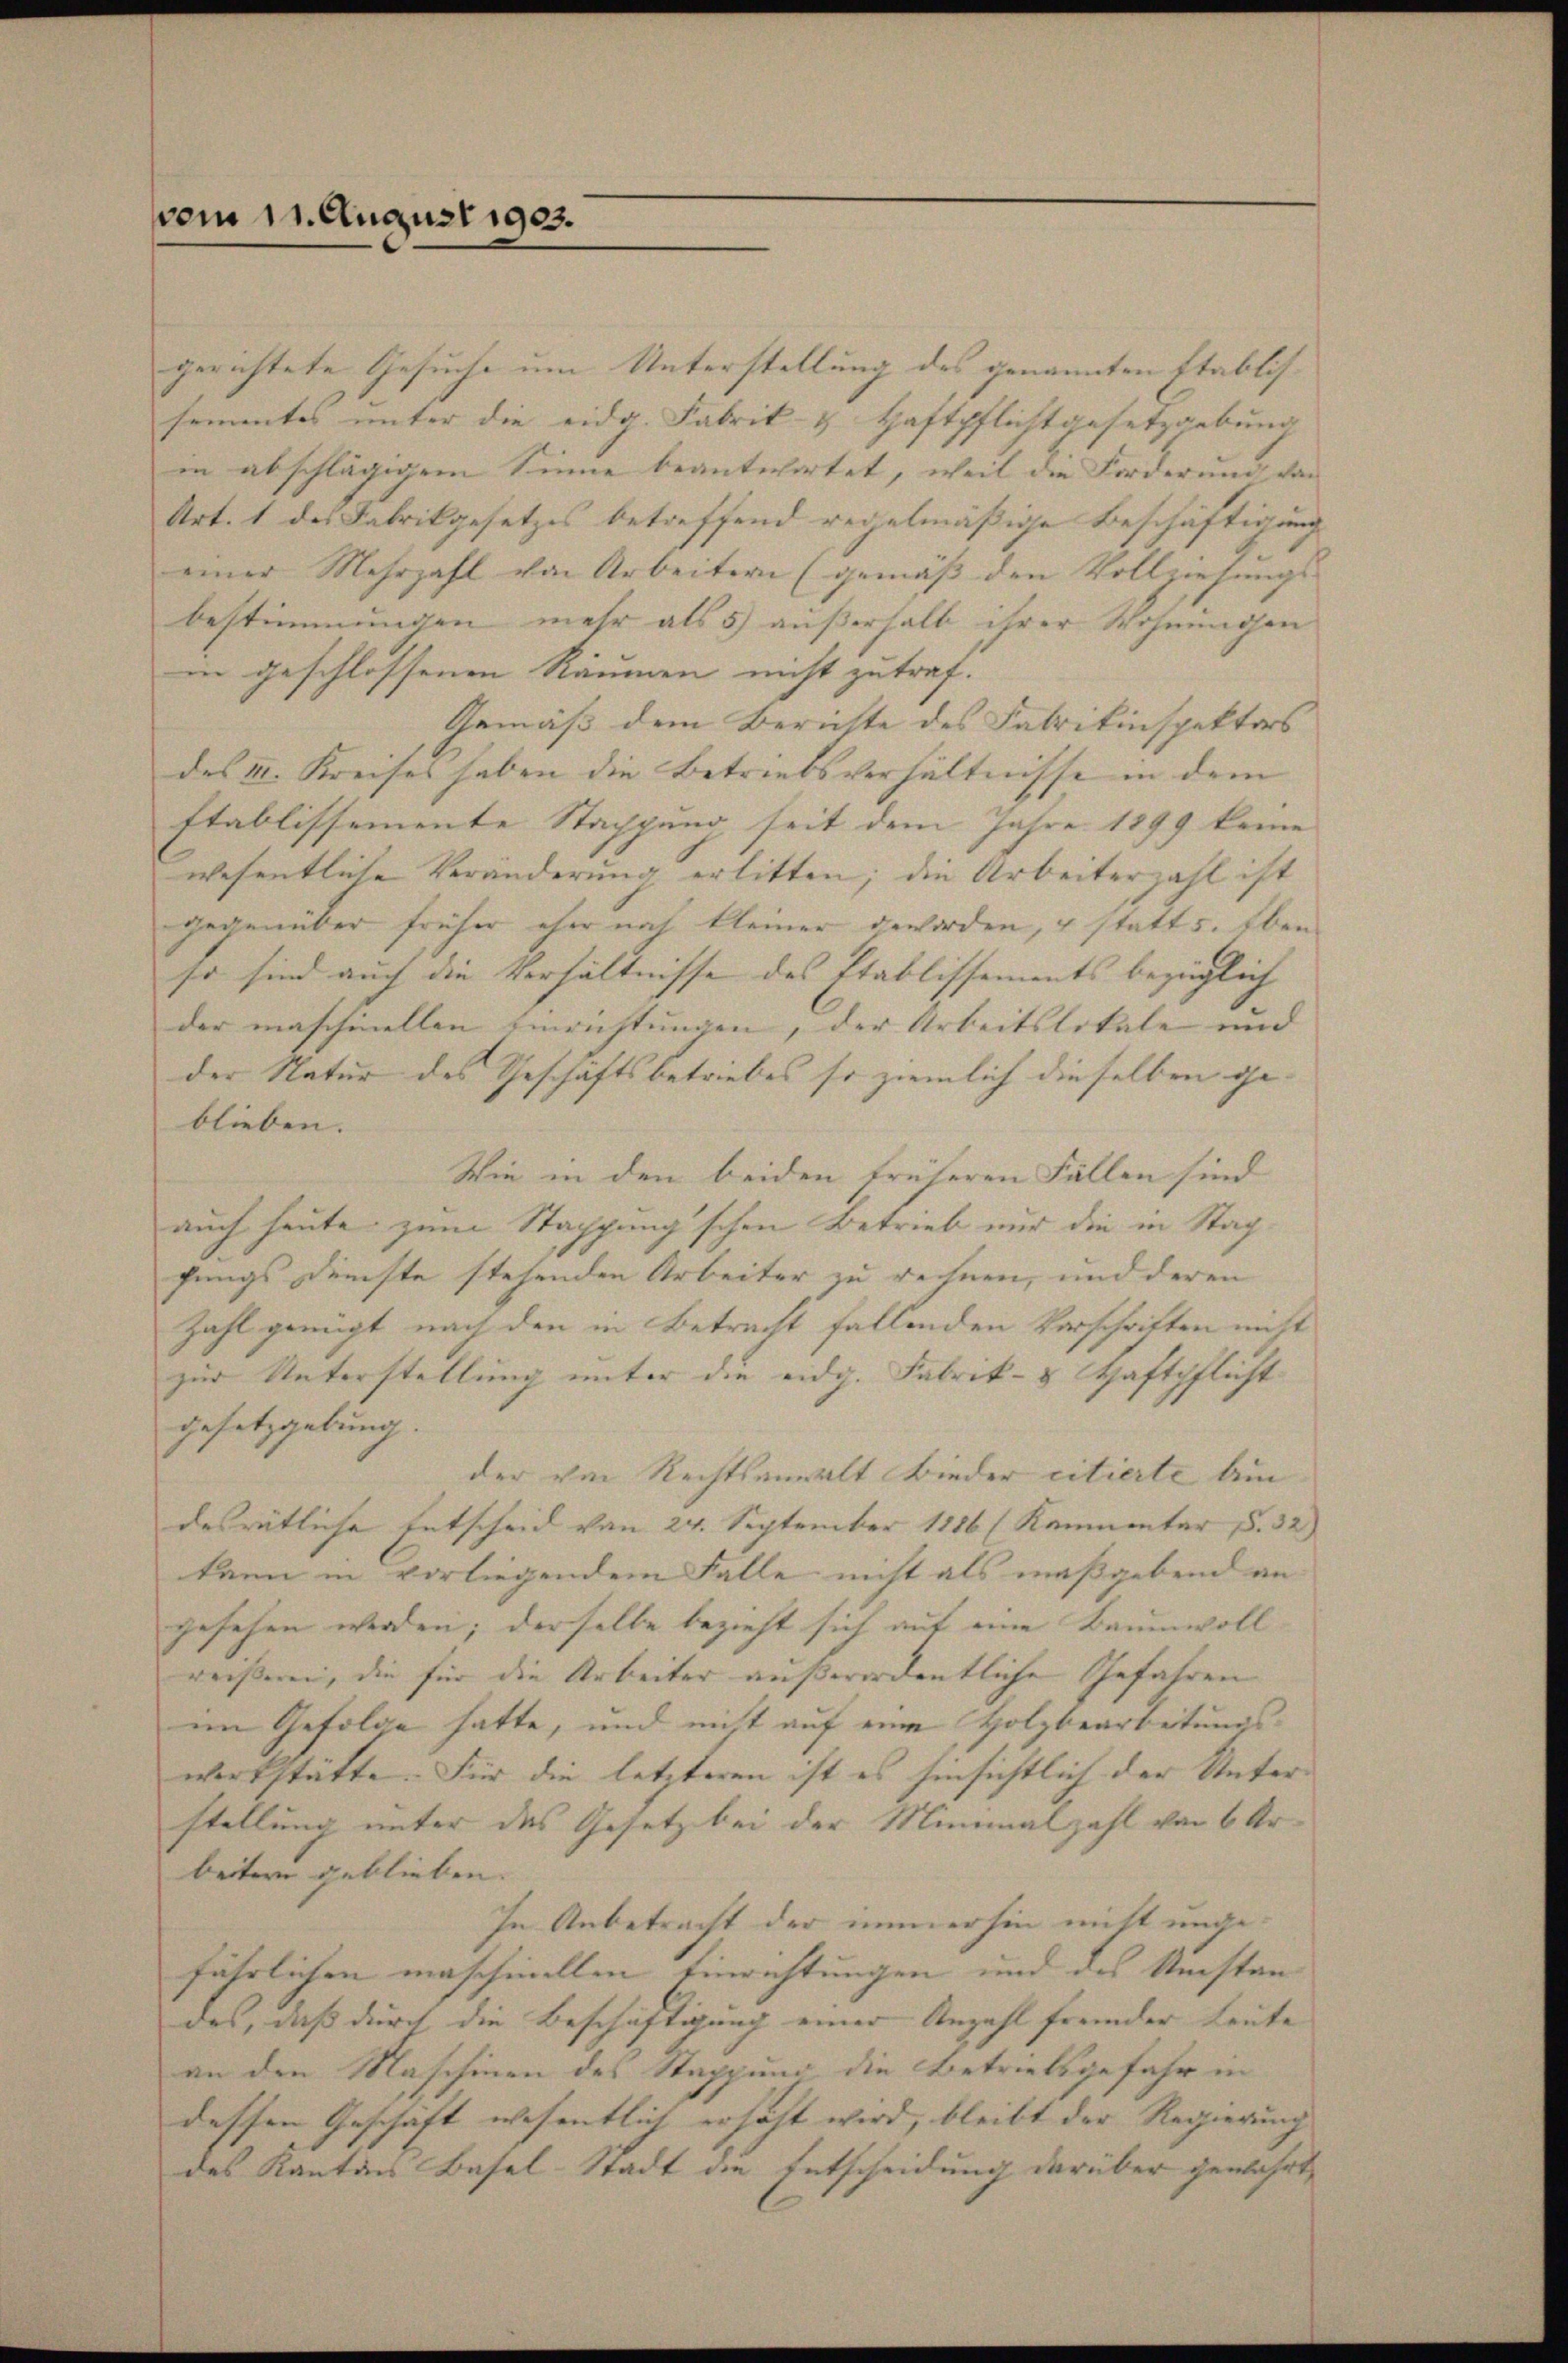
vom 11. August 1903.

gerichtete Gesuche um Unterstellung des genannten Etablis- |
sementes unter die eidg. Fabrik- & Haftpflichtgesetzgebung
in abschlägigem Sinne beantwortet, weil die Forderung von
Art. 1 des Fabrikgesetzes betreffend regelmäßige Beschäftigung
einer Mehrzahl von Arbeitern (gemäss den Vollziehungs- |
bestimmungen mehr als 5) außerhalb ihrer Wohnungen
in geschlossenen Räumen nicht zutraf.
Gemäß dem Berichte des Fabrikinspektors
des II. Kreises haben die Betriebsverhältnisse in dem
stablissemente Stappung seit dem Jahre 1899 keine |
wesentliche Veränderung erlitten; die Arbeiterzahl ist
gegenüber früher eher noch kleiner geworden, & statt s. Eben
so sind auch die Verhältnisse des Etablissements bezüglich |
der maschinellen Einrichtungen, der Arbeitslokale und |
der Natur des Geschäftsbetriebes so ziemlich dieselben ge-
blieben. |
Wie in den beiden früheren Fällen sind
auch heute zum Stappung'schen Betrieb nur die in Stagfungs Dürste stehenden Arbeiter zu rechnen, und deren
Zahl genügt nach den in Betracht fallenden Vorschriften nicht
zur Unterstellung unter die eidg. Fabrik- & Schaftpflichtgesetzgebung.
der von Rechtsanwalt Bieder citierte Am
desrätliche Entscheid von 24. September 1886 (Kammentar S. 32
kann in vorliegendem Falle nicht als maßgebend an
gesehen werden; derselbe bezieht sich auf eine Baumwoll- |
reißeren, die für die Arbeiter außerordentliche Gefahren
im Gefolge hatte, und nicht auf eine Holzbearbeitungswerkstätte. Für die letzteren ist es hinsichtlich der Unter- |
stellung unter das Gesetz bei der Minimalzahl von 6 Ur
beitern geblieben. |
In Anbetracht der immerhin nicht ungefährlichen maschinellen Einrichtungen und des Umstan
des, daß durch die Beschäftigung einer Anzahl fremder Leute |
an den Maschinen des Stappung die Betriebsgefahr in
dessen Geschäft wesentlich erhöht wird, bleibt der Regierung |
des Kantons Basel-Stadt die Entscheidung darüber gewährt